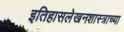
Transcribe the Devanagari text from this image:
इतिहासलेखनशास्त्राच्या